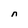
Character: n